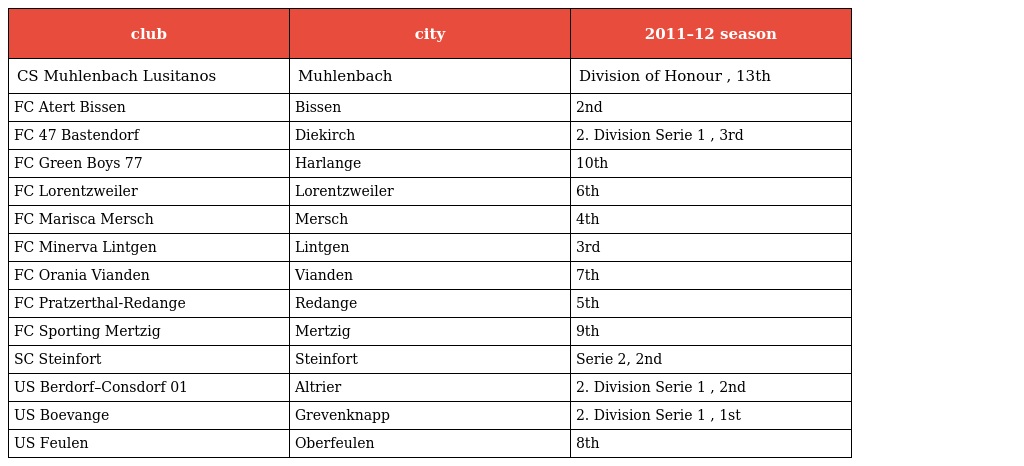
| club | city | 2011–12 season |
 | --- | --- | --- |
 | CS Muhlenbach Lusitanos | Muhlenbach | Division of Honour , 13th |
 | FC Atert Bissen | Bissen | 2nd |
 | FC 47 Bastendorf | Diekirch | 2. Division Serie 1 , 3rd |
 | FC Green Boys 77 | Harlange | 10th |
 | FC Lorentzweiler | Lorentzweiler | 6th |
 | FC Marisca Mersch | Mersch | 4th |
 | FC Minerva Lintgen | Lintgen | 3rd |
 | FC Orania Vianden | Vianden | 7th |
 | FC Pratzerthal-Redange | Redange | 5th |
 | FC Sporting Mertzig | Mertzig | 9th |
 | SC Steinfort | Steinfort | Serie 2, 2nd |
 | US Berdorf–Consdorf 01 | Altrier | 2. Division Serie 1 , 2nd |
 | US Boevange | Grevenknapp | 2. Division Serie 1 , 1st |
 | US Feulen | Oberfeulen | 8th |